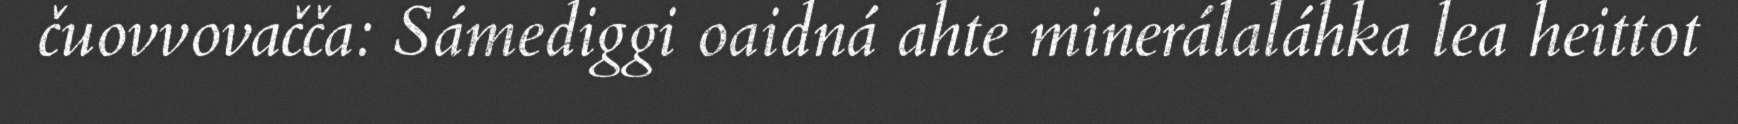
čuovvovačča: Sámediggi oaidná ahte minerálaláhka lea heittot